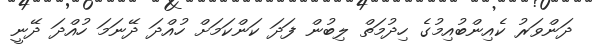
ދަންވަރު ކެއިންބުއިމުގެ ހިދުމަތް ލިބުން ފަދަ ކަންކަމަށް ހުއްދަ ދޭނަމަ ހުއްދަ ދޭނީ